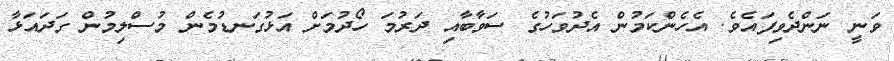
ވަނީ ނަންދެވިފައެވެ. އެހެންކަމުން އެދުވަހުގެ ސަވާބާއި ދަރުމަ ހޯދުމަށް އަޅުގަނޑުމެން މުސްލިމުން ގަދައަޅާ